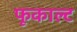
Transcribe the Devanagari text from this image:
फूकाल्ट